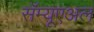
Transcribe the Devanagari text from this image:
सॅम्यूएअल